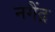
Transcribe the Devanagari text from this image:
नगैंद्र